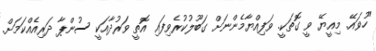
"ހުވައޭ. މިއީޔޭ ވީ ގޮތަކީ. ވަފިއްޔާމެންނަށް ގަބޫލުކުރެވިފައި އޮތީ ވަރުދާއަކީ ސުންޕާ ދަރިއެއްކަމަށް.